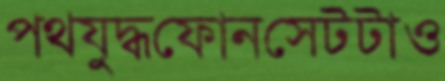
পথযুদ্ধফোনসেটটাও